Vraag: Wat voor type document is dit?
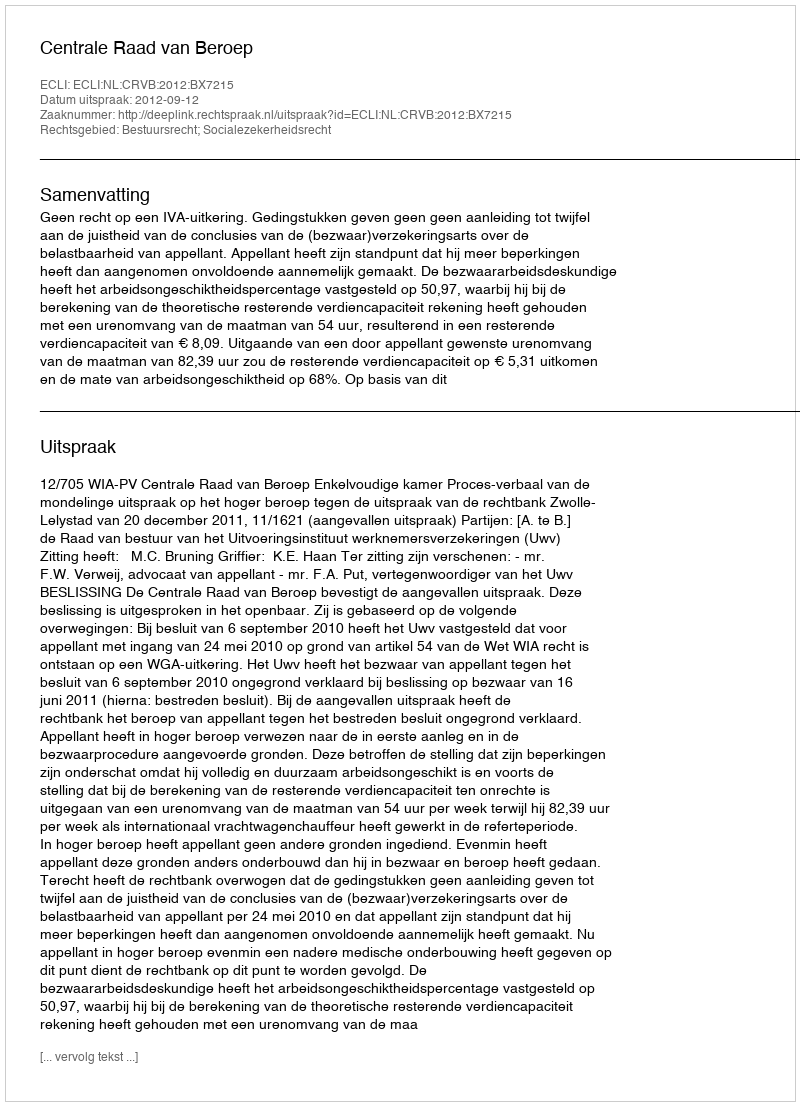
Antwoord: Uitspraak